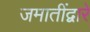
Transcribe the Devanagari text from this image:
जमातींद्वारे